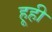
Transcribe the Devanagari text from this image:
हूही